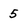
Character: 5